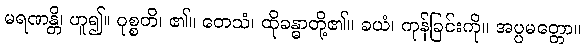
မရဏန္တိ၊ ဟူ၍။ ဝုစ္စတိ၊ ၏။ တေသံ၊ ထိုခန္ဓာတို့၏။ ခယံ၊ ကုန်ခြင်းကို။ အပ္ပမတ္တော။